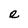
Character: e